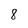
Character: 8